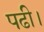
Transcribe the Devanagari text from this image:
पढी।